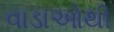
વાડાઓથી